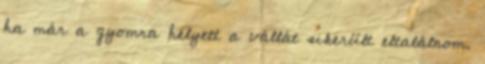
ha már a gyomra helyett a vállát sikerült eltalálnom.